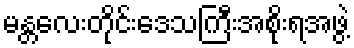
မန္တလေးတိုင်းဒေသကြီးအစိုးရအဖွဲ့